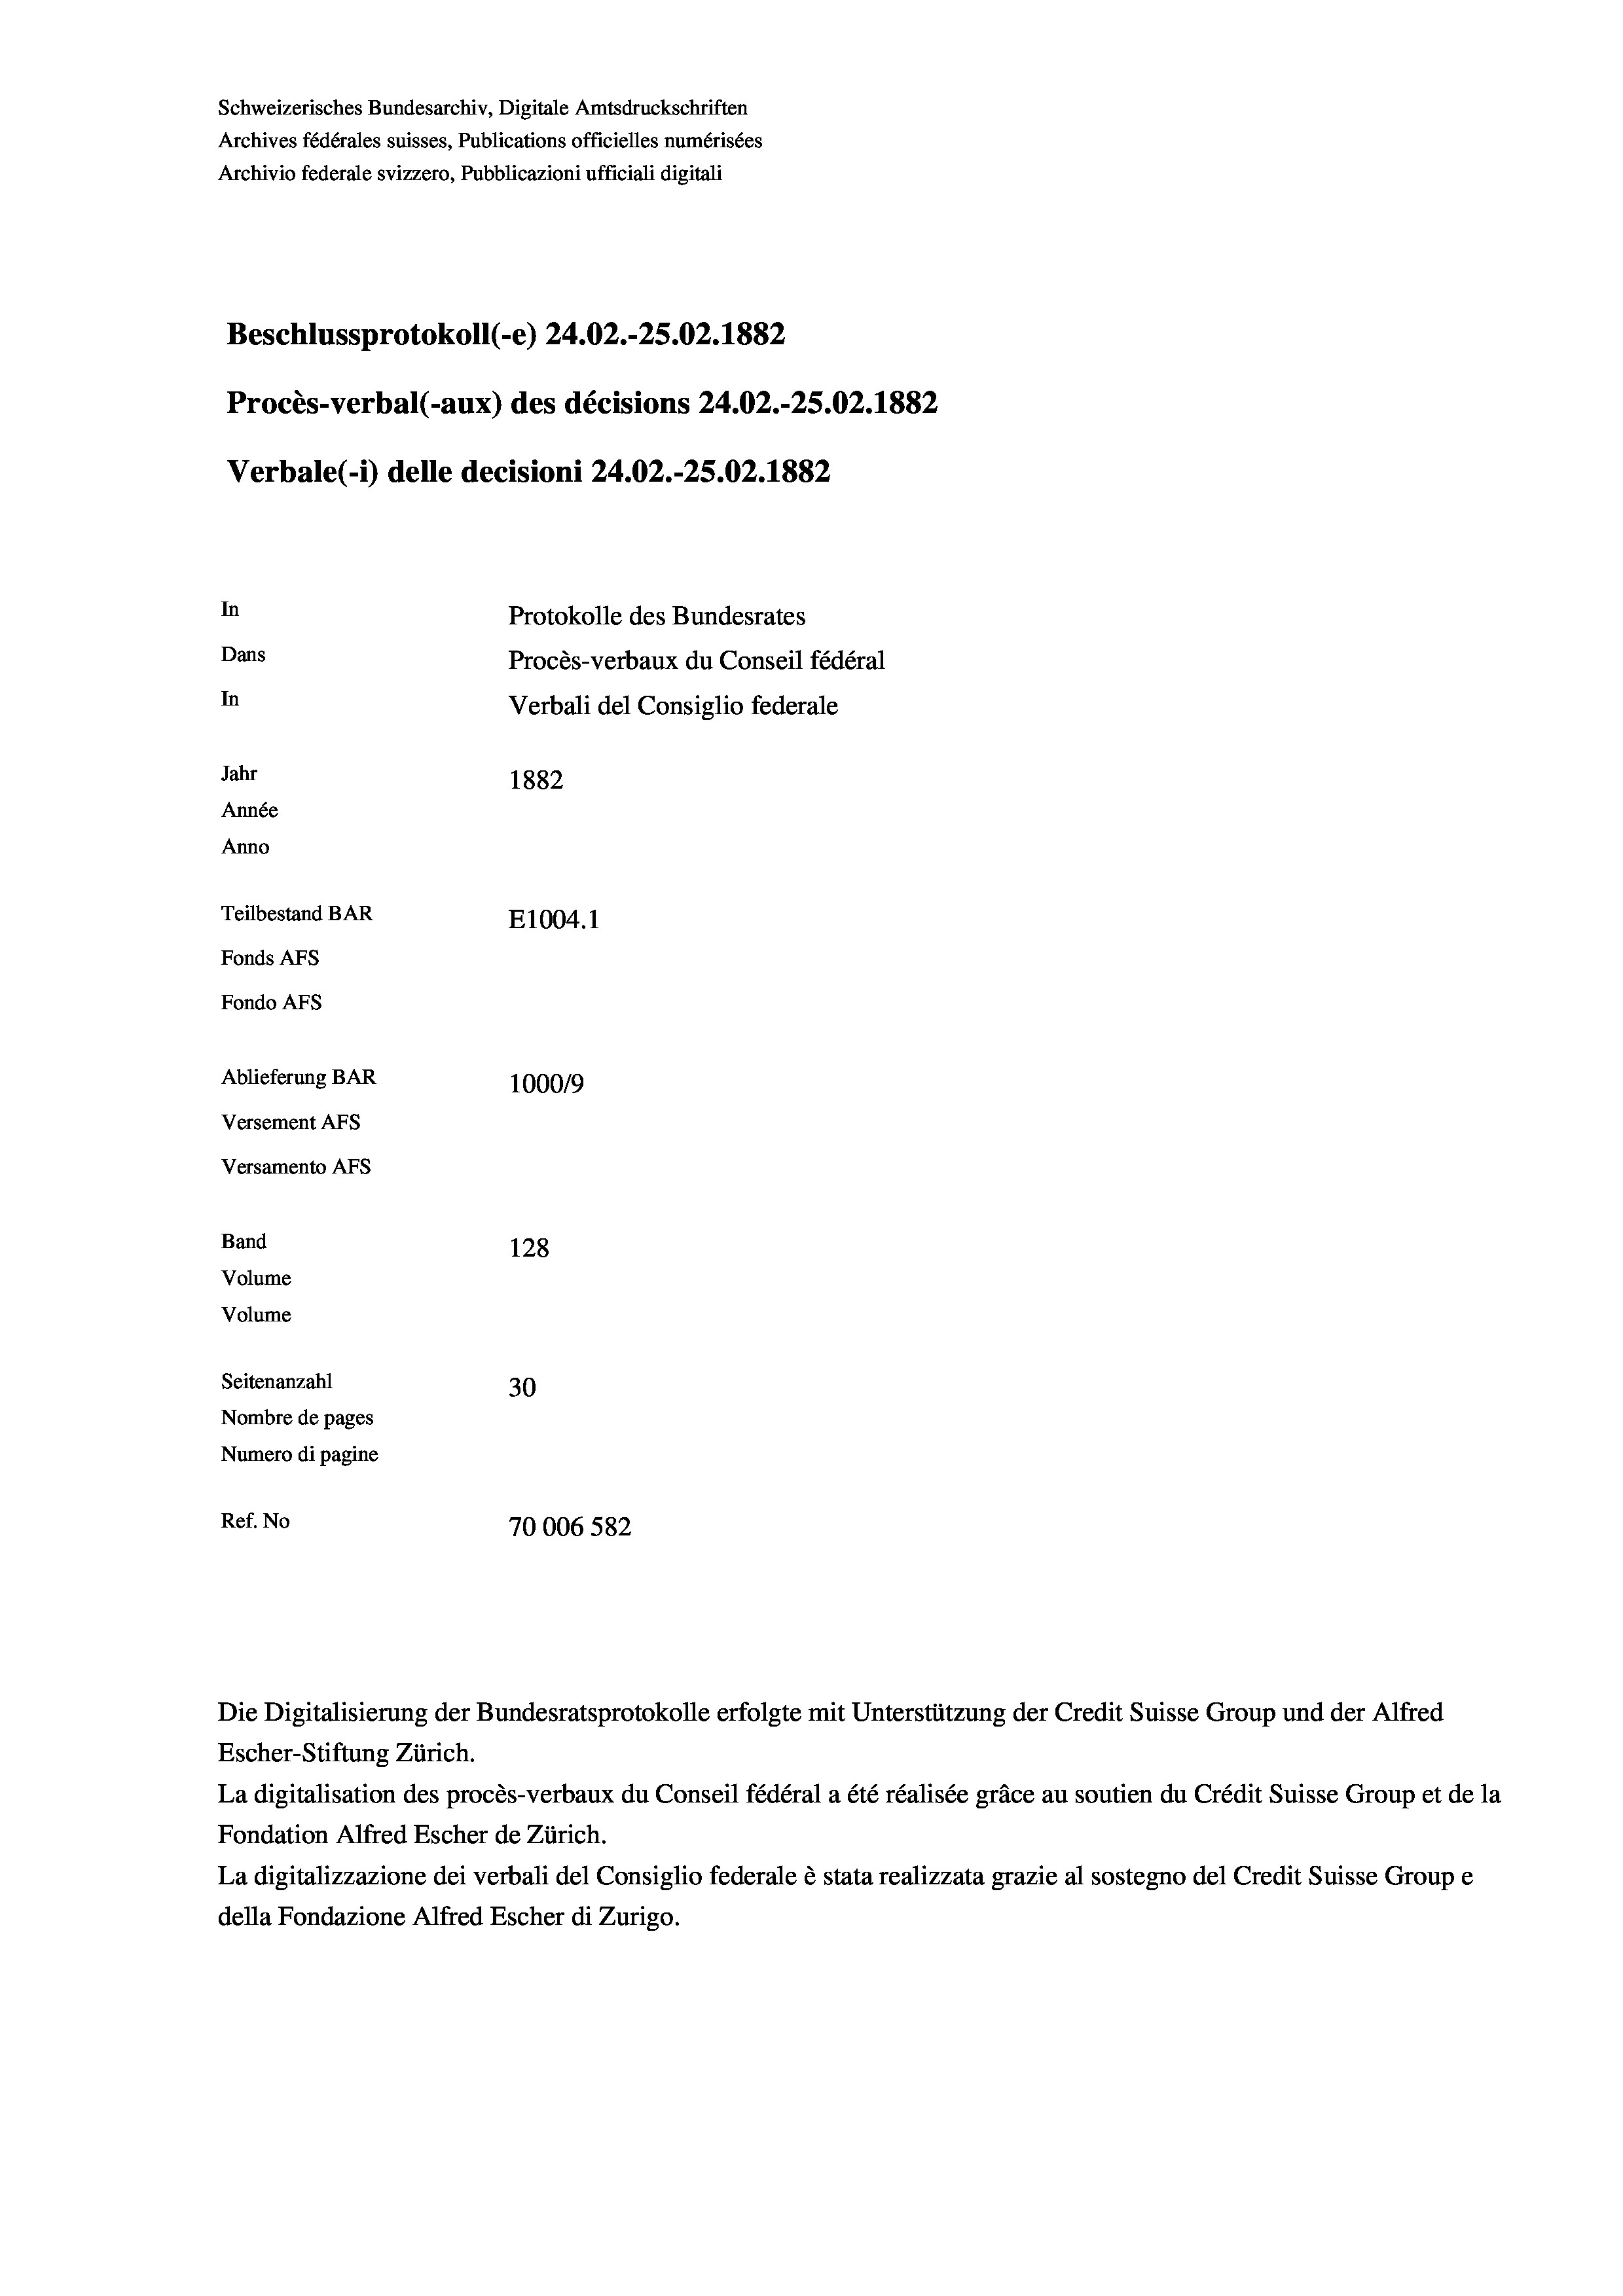
Schweizerisches Bundesarchiv, Digitale Amtsdruckschriften
Archives fédérales suisses, Publications officielles numérisées
Archivio federale svizzero, Pubblicazioni ufficiali digitali
Beschlussprotokoll (-e) 24.02.-25.02. 1882
In
Protokolle des Bundesrates
Dans
Procès-verbaux du Conseil fédéral
In
Verbali del Consiglio federale
Jahr
1882
Année
Anno
Teilbestand BAR
E1004. 1
Fonds AFs
Fondo Afs
Ablieferung BAR
100019
Versement AFs
Versamento AFs

Volume
Volume
Seitenanzahl
Nombre de pages
Numero di pagine
Ref. No

Procès-verbal (-aux) des décisions 24.02.-25.02. 1882
Verbale (1) delle decisioni 24.02.-25.02. 1882.

Band

Die Digitalisierung der Bundesratsprotokolle erfolgte mit Unterstützung der Credit Suisse Group und der Alfred
Escher-Stiftung Zürich.
La digitalisation des procès-verbaux du Conseil fédéral a été réalisée gräce au soutien du Crédit Suisse Group et de la
Fondation Alfred Escher de Zürich.
La digitalizzazione dei verbali del Consiglio federale è stata realizzata grazie al sostegno del Credit Suisse Groupe
della Fondazione Alfred Escher di Zurigo.

128
30
70006 582